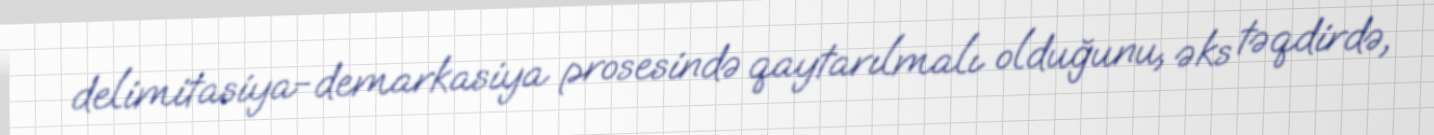
delimitasiya-demarkasiya prosesində qaytarılmalı olduğunu, əks təqdirdə,